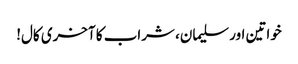
خواتین اور سلیمان، شراب کا آخری کال!